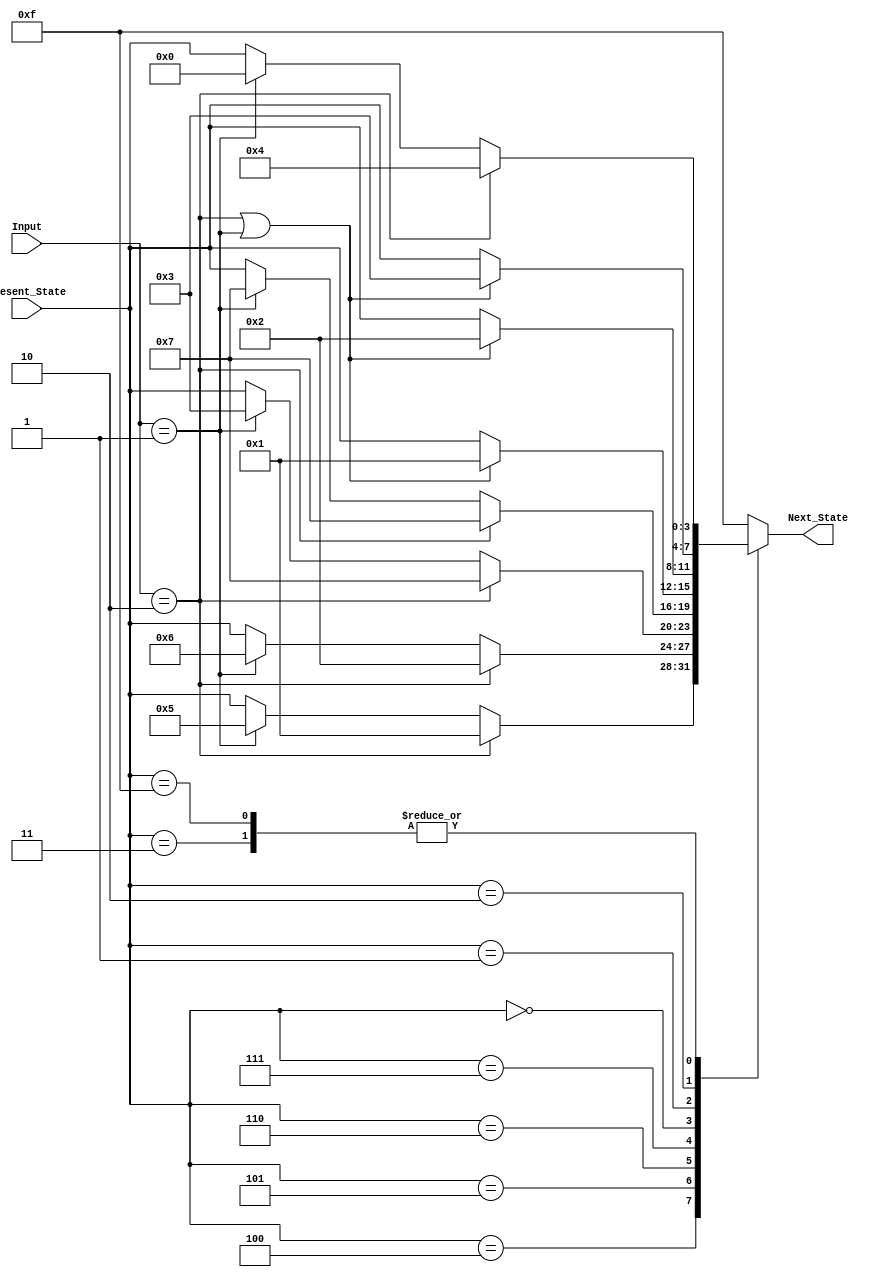
`timescale 1ns / 1ps
//////////////////////////////////////////////////////////////////////////////////
// Company: 
// Engineer: 
// 
// Design Name: 
// Module Name: Next_State_Logic
// Project Name: 
// Target Devices: 
// Tool Versions: 
// Description: 
// 
// Dependencies: 
// 
// Revision:
// Revision 0.01 - File Created
// Additional Comments:
// 
//////////////////////////////////////////////////////////////////////////////////


module Next_State_Logic(
    input [1:0] Input,
    input [3:0] Present_State,
    output reg [3:0] Next_State
    );
    //integer k = 300; 
    always @ (Input, Present_State) begin
    case(Present_State)
        4'b1111:begin
            if(Input == 2'b10) Next_State = 4'b0100;
            else if (Input == 2'b01) Next_State = 4'b0000;
            else Next_State = Present_State;
        end
        4'b0100:begin
            if(Input == 2'b10) Next_State = 4'b0001;
            else if (Input == 2'b01) Next_State = 4'b0101;
            else Next_State = Present_State;
        end
        4'b0101:begin
            if(Input == 2'b10) Next_State = 4'b0010;
            else if (Input == 2'b01) Next_State = 4'b0110;
             else Next_State = Present_State;
        end
        4'b0110:begin
            if(Input == 2'b10) Next_State = 4'b0111;
            else if (Input == 2'b01) Next_State = 4'b0011;
            else Next_State = Present_State;
        end
        4'b0111:begin
            if(Input == 2'b10) Next_State = 4'b0111;
            else if (Input == 2'b01) Next_State = 4'b0111;
            else Next_State = Present_State;
        end
        4'b0000:begin
            if(Input == 2'b10 || Input == 2'b01) Next_State = 4'b0001;
            else Next_State = Present_State; 
        end
        4'b0001:begin 
            if(Input == 2'b10 || Input == 2'b01) Next_State = 4'b0010;
            else Next_State = Present_State;
        end
        4'b0010:begin
            if(Input == 2'b10 || Input == 2'b01) Next_State = 4'b0011;
            else Next_State = Present_State;
        end
        4'b0011: begin
            if(Input == 2'b10) Next_State = 4'b0100;
            else if (Input == 2'b01) Next_State = 4'b0000;
            else Next_State = Present_State;
        end
        default: Next_State = 4'b1111;
    endcase
    end
endmodule